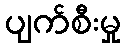
ပျက်စီးမှု